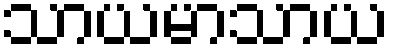
သာယမာသာယ